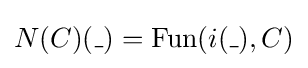
N(C)(\_)=\mathrm {Fun} (i(\_),C)